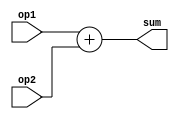
`timescale 1ns / 1ps
`default_nettype none

//////////////////////////////////////////////////////////////////////////////////
// Company: 
// Engineer: 
// 
// Design Name: 
// Module Name:    arith18_add 
// Project Name: 
// Target Devices: 
// Tool versions: 
// Description: 
//
// Dependencies: 
//
// Revision: 
// Revision 0.01 - File Created
// Additional Comments: 
//
//////////////////////////////////////////////////////////////////////////////////
module arith18_add(
    input wire [17:0] op1,
	input wire [17:0] op2,
    output wire [17:0] sum
    );
	 
    assign sum = op1 + op2;
endmodule